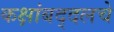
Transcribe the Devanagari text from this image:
कक्षांबद्दलचे